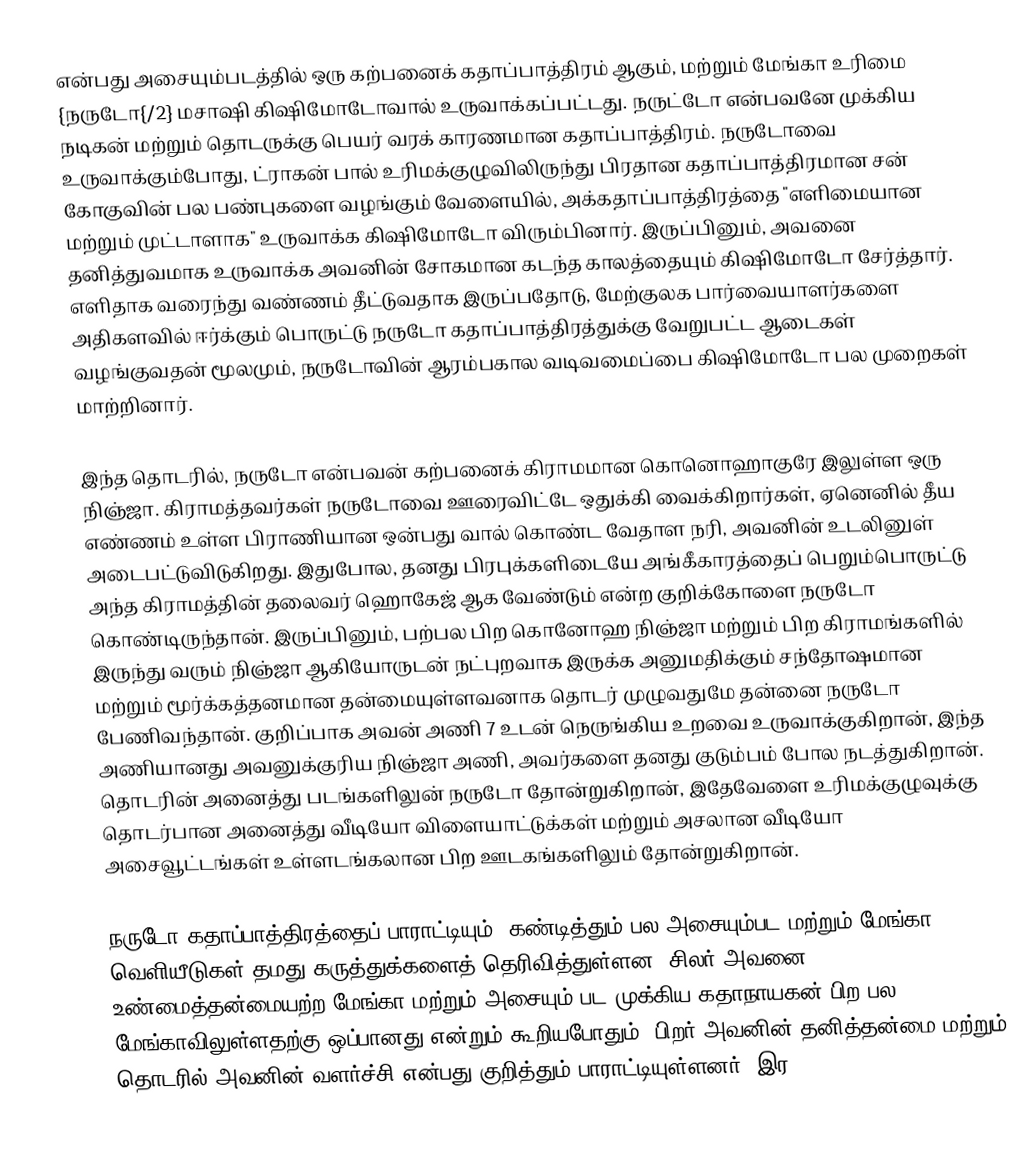
என்பது அசையும்படத்தில் ஒரு கற்பனைக் கதாப்பாத்திரம் ஆகும், மற்றும் மேங்கா உரிமை {நருடோ{/2} மசாஷி கிஷிமோடோவால் உருவாக்கப்பட்டது. நருட்டோ என்பவனே முக்கிய நடிகன் மற்றும் தொடருக்கு பெயர் வரக் காரணமான கதாப்பாத்திரம். நருடோவை உருவாக்கும்போது, ட்ராகன் பால் உரிமக்குழுவிலிருந்து பிரதான கதாப்பாத்திரமான சன் கோகுவின் பல பண்புகளை வழங்கும் வேளையில், அக்கதாப்பாத்திரத்தை "எளிமையான மற்றும் முட்டாளாக" உருவாக்க கிஷிமோடோ விரும்பினார். இருப்பினும், அவனை தனித்துவமாக உருவாக்க அவனின் சோகமான கடந்த காலத்தையும் கிஷிமோடோ சேர்த்தார். எளிதாக வரைந்து வண்ணம் தீட்டுவதாக இருப்பதோடு, மேற்குலக பார்வையாளர்களை அதிகளவில் ஈர்க்கும் பொருட்டு நருடோ கதாப்பாத்திரத்துக்கு வேறுபட்ட ஆடைகள் வழங்குவதன் மூலமும், நருடோவின் ஆரம்பகால வடிவமைப்பை கிஷிமோடோ பல முறைகள் மாற்றினார்.

இந்த தொடரில், நருடோ என்பவன் கற்பனைக் கிராமமான கொனொஹாகுரே இலுள்ள ஒரு நிஞ்ஜா. கிராமத்தவர்கள் நருடோவை ஊரைவிட்டே ஒதுக்கி வைக்கிறார்கள், ஏனெனில் தீய எண்ணம் உள்ள பிராணியான ஒன்பது வால் கொண்ட வேதாள நரி, அவனின் உடலினுள் அடைபட்டுவிடுகிறது. இதுபோல, தனது பிரபுக்களிடையே அங்கீகாரத்தைப் பெறும்பொருட்டு அந்த கிராமத்தின் தலைவர் ஹொகேஜ் ஆக வேண்டும் என்ற குறிக்கோளை நருடோ கொண்டிருந்தான். இருப்பினும், பற்பல பிற கொனோஹ நிஞ்ஜா மற்றும் பிற கிராமங்களில் இருந்து வரும் நிஞ்ஜா ஆகியோருடன் நட்புறவாக இருக்க அனுமதிக்கும் சந்தோஷமான மற்றும் மூர்க்கத்தனமான தன்மையுள்ளவனாக தொடர் முழுவதுமே தன்னை நருடோ பேணிவந்தான். குறிப்பாக அவன் அணி 7 உடன் நெருங்கிய உறவை உருவாக்குகிறான், இந்த அணியானது அவனுக்குரிய நிஞ்ஜா அணி, அவர்களை தனது குடும்பம் போல நடத்துகிறான். தொடரின் அனைத்து படங்களிலுன் நருடோ தோன்றுகிறான், இதேவேளை உரிமக்குழுவுக்கு தொடர்பான அனைத்து வீடியோ விளையாட்டுக்கள் மற்றும் அசலான வீடியோ அசைவூட்டங்கள் உள்ளடங்கலான பிற ஊடகங்களிலும் தோன்றுகிறான்.

நருடோ கதாப்பாத்திரத்தைப் பாராட்டியும், கண்டித்தும் பல அசையும்பட மற்றும் மேங்கா வெளியீடுகள் தமது கருத்துக்களைத் தெரிவித்துள்ளன. சிலர் அவனை உண்மைத்தன்மையற்ற மேங்கா மற்றும் அசையும் பட முக்கிய கதாநாயகன் பிற பல shōnen மேங்காவிலுள்ளதற்கு ஒப்பானது என்றும் கூறியபோதும், பிறர் அவனின் தனித்தன்மை மற்றும் தொடரில் அவனின் வளர்ச்சி என்பது குறித்தும் பாராட்டியுள்ளனர். இர